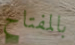
بالمفتاح